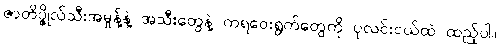
ဇာတိပ္ဇိုလ်သီးအမှုန့်နဲ့ အသီးတွေနဲ့ ကရဝေးရွက်တွေကို ပုလင်းငယ်ထဲ ထည့်ပါ။